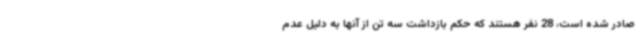
صادر شده است، 28 نفر هستند که حکم بازداشت سه تن از آنها به دلیل عدم